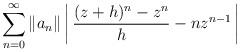
LaTeX: \begin{align*}\sum_{n=0}^\infty\|a_n\|\left|\,\frac{(z+h)^n-z^n}{h}-nz^{n-1}\,\right|\end{align*}